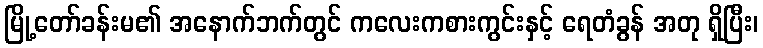
မြို့တော်ခန်းမ၏ အနောက်ဘက်တွင် ကလေးကစားကွင်းနှင့် ရေတံခွန် အတု ရှိပြီး၊